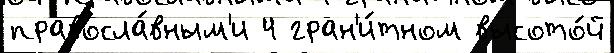
правосла́вным'и 4 гран'и́тном высото́й